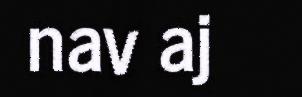
nav aj